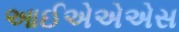
આઈએએએસ